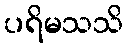
ပရိမသသိ